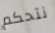
نتحكم